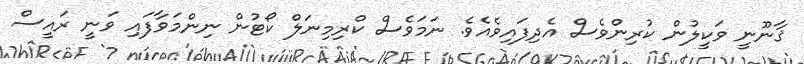
ޤާނޫނީ ވަކީލުން ކުރިންވެސް އެދިފައިވެއެވެ. ނަމަވެސް ކްރިމިނަލް ކޯޓުން ނިންމަވާފައި ވަނީ ރައީސް